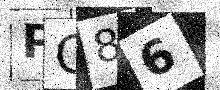
Text: PG86